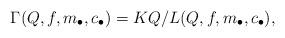
LaTeX: \begin{align*} \Gamma(Q,f,m_{\bullet},c_{\bullet}) = K Q / L (Q,f,m_{\bullet},c_{\bullet}),\end{align*}